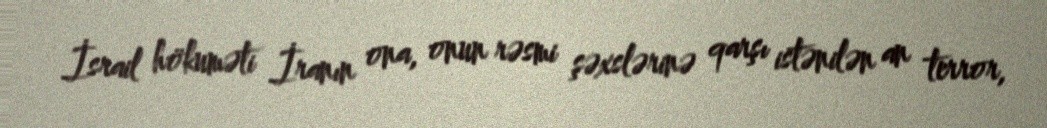
İsrail hökuməti İranın ona, onun rəsmi şəxslərinə qarşı istənilən an terror,